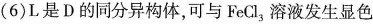
(6)L是D的同分异构体，可与FeCl_{3}溶液发生显色